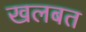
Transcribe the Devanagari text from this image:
खलबत